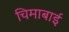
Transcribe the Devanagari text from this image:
चिमाबाई